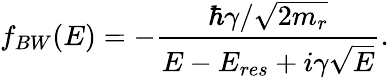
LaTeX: f_{BW}(E)=-\frac{\hbar\gamma/\sqrt{2m_{r}}}{E-E_{res}+i\gamma\sqrt{E}}.